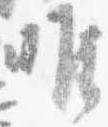
唯